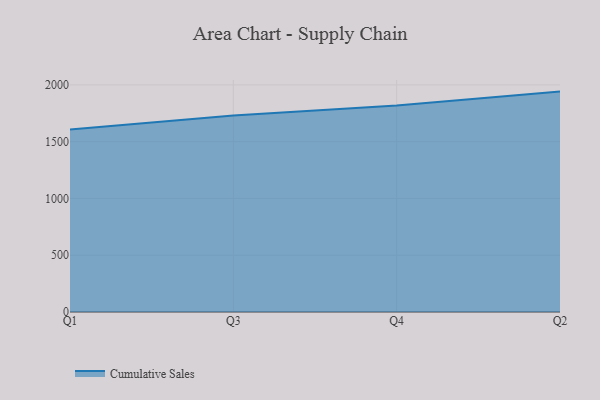
{"axis": {"x": "Quarter", "y": "Headcount"}, "legend": ["Cumulative Sales"], "data": [{"x": "Q1", "y": 1608.1, "type": "Cumulative Sales"}, {"x": "Q3", "y": 1730.5, "type": "Cumulative Sales"}, {"x": "Q4", "y": 1817.8, "type": "Cumulative Sales"}, {"x": "Q2", "y": 1940.9, "type": "Cumulative Sales"}]}